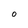
Character: O